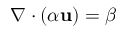
\nabla \cdot \left( \alpha \mathbf { u } \right) = \beta